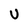
Character: U